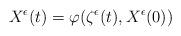
LaTeX: \begin{align*}X^\epsilon(t)=\varphi(\zeta^\epsilon(t),X^\epsilon(0))\end{align*}